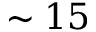
\sim 1 5